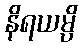
နိရယမ္ပိ